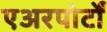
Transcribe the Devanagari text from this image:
एअरपोर्टों